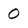
Character: O